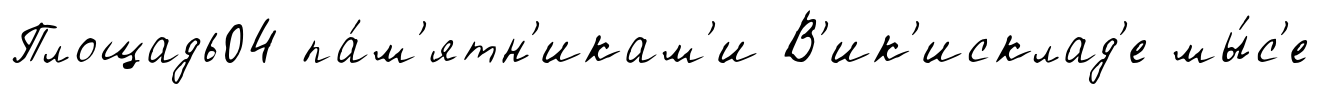
Площадь04 па́м'ятн'икам'и В'ик'исклад'е мы́с'е